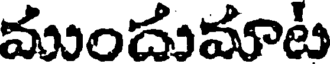
ముందుమాట